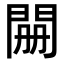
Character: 𮤊